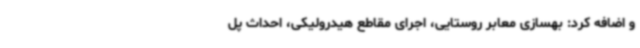
و اضافه کرد: بهسازی معابر روستایی، اجرای مقاطع هیدرولیکی، احداث پل